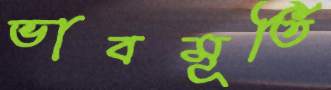
ভাবমূর্তি